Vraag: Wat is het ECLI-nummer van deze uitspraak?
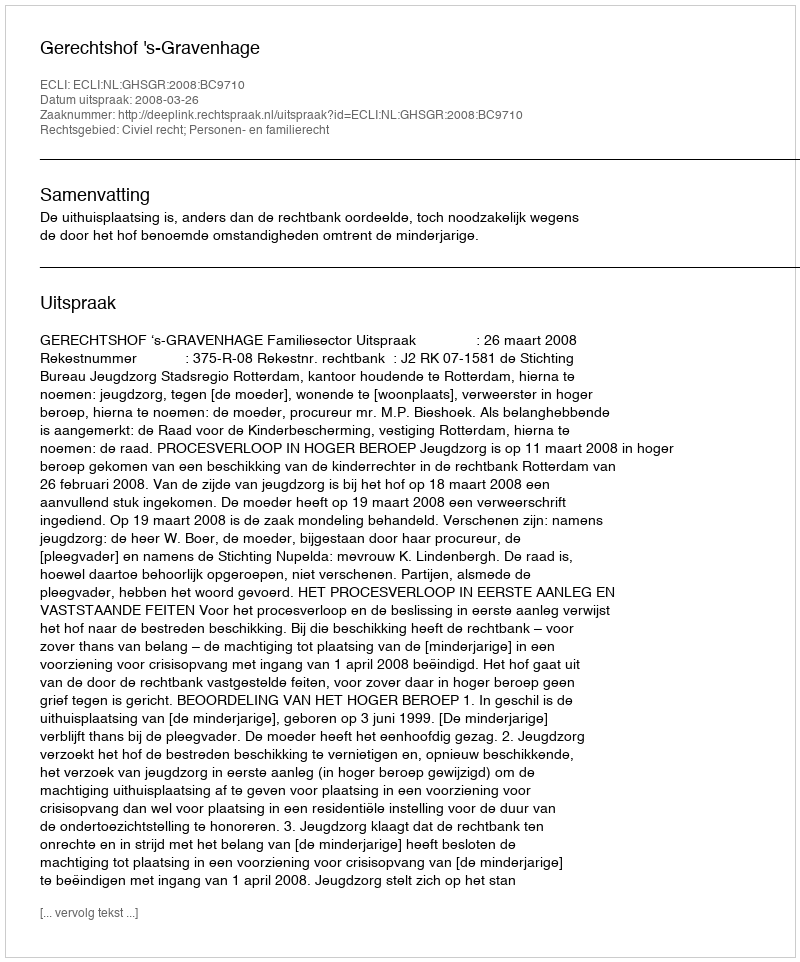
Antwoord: ECLI:NL:GHSGR:2008:BC9710